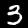
Digit: 3